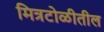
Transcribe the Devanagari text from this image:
मित्रटोळीतील